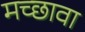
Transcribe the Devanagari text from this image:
मच्छावा